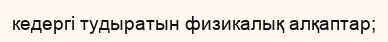
кедергі тудыратын физикалық алқаптар;